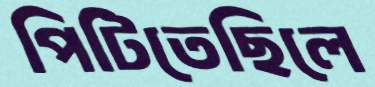
পিটিতেছিলে